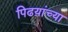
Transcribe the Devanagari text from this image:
पिढय़ांच्या